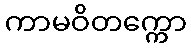
ကာမဝိတက္ကော